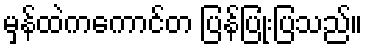
မှန်ထဲကကောင်တ ပြန်ပြုံးပြသည်။